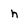
Character: h